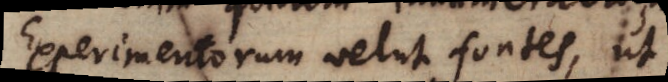
Experimentorum velut fontes, ut